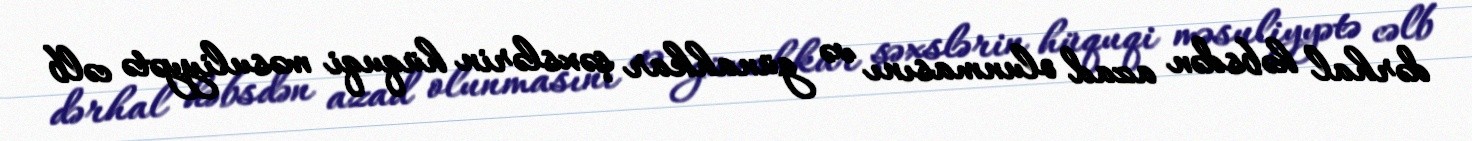
dərhal həbsdən azad olunmasını və günahkar şəxslərin hüquqi məsuliyyətə cəlb